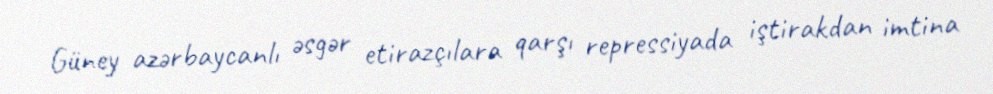
Güney azərbaycanlı əsgər etirazçılara qarşı repressiyada iştirakdan imtina